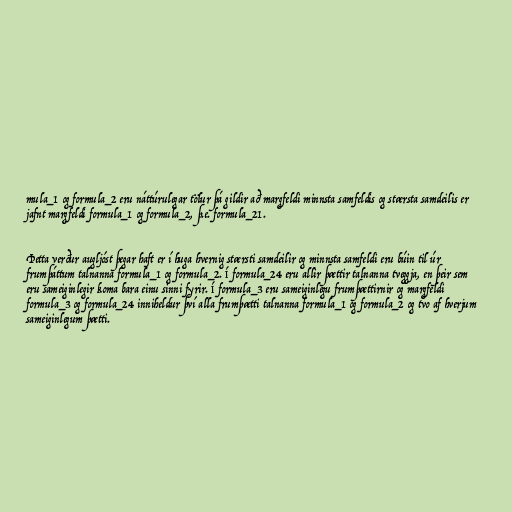
mula_1 og formula_2 eru náttúrulegar tölur þá gildir að margfeldi minnsta samfeldis og stærsta samdeilis er
jafnt margfeldi formula_1 og formula_2, þ.e. formula_21.

Þetta verður augljóst þegar haft er í huga hvernig stærsti samdeilir og minnsta samfeldi eru búin til úr
frumþáttum talnanna formula_1 og formula_2. Í formula_24 eru allir þættir talnanna tveggja, en þeir sem
eru sameiginlegir koma bara einu sinni fyrir. Í formula_3 eru sameiginlegu frumþættirnir og margfeldi
formula_3 og formula_24 inniheldur því alla frumþætti talnanna formula_1 og formula_2 og tvo af hverjum
sameiginlegum þætti.